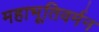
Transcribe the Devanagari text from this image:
महाभूतिवर्मन